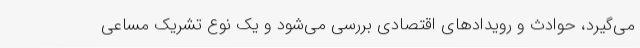
می‌گیرد، حوادث و رویدادهای اقتصادی بررسی می‌شود و یک نوع تشریک مساعی